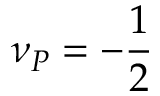
\nu _ { P } = - \frac { 1 } { 2 }